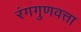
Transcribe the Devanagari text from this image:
रंगगुणवत्ता